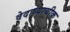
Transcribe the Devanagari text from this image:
वेदाध्यायीक